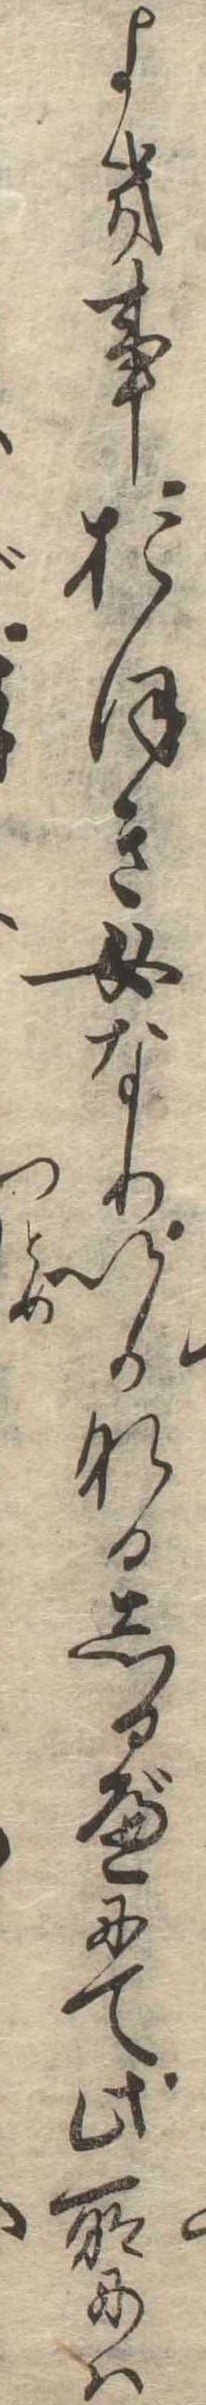
よき事おほき女なりいかなるしるべにて此所には